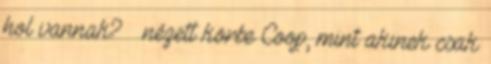
hol vannak? – nézett körbe Coop, mint akinek csak